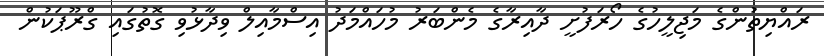
ރައްޔިތުންގެ މަޖިލީހުގެ ހޯރަފުށީ ދާއިރާގެ މެންބަރު މުހައްމަދު އިސްމާއިލް ވިދާޅުވި ގޮތުގައި ގްރޫޕަކުން